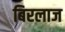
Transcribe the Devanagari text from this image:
बिरलाज